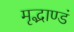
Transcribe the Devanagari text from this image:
मृद्भाण्डं